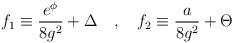
LaTeX: \begin{align*}f_1 \equiv {\frac {e^{\phi}} {8 g^2}} + \Delta \quad , \quad f_2 \equiv {\frac{a} {8 g^2}} + \Theta\end{align*}